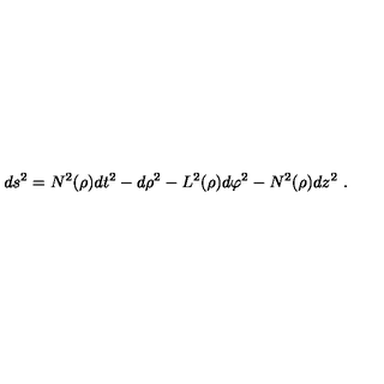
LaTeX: d s ^ { 2 } = N ^ { 2 } ( \rho ) d t ^ { 2 } - d \rho ^ { 2 } - L ^ { 2 } ( \rho ) d \varphi ^ { 2 } - N ^ { 2 } ( \rho ) d z ^ { 2 } \ .